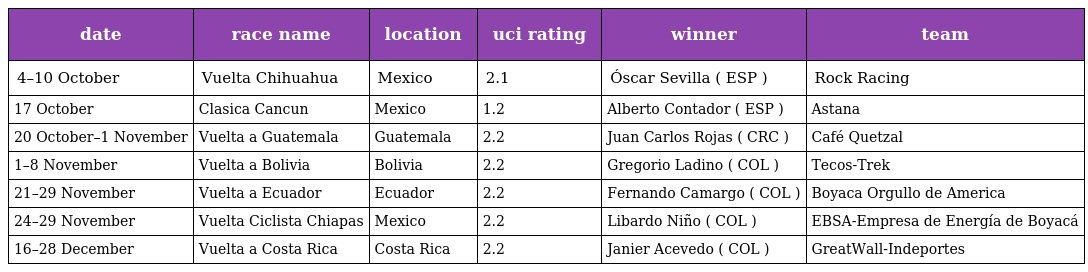
| date | race name | location | uci rating | winner | team |
 | --- | --- | --- | --- | --- | --- |
 | 4–10 October | Vuelta Chihuahua | Mexico | 2.1 | Óscar Sevilla ( ESP ) | Rock Racing |
 | 17 October | Clasica Cancun | Mexico | 1.2 | Alberto Contador ( ESP ) | Astana |
 | 20 October–1 November | Vuelta a Guatemala | Guatemala | 2.2 | Juan Carlos Rojas ( CRC ) | Café Quetzal |
 | 1–8 November | Vuelta a Bolivia | Bolivia | 2.2 | Gregorio Ladino ( COL ) | Tecos-Trek |
 | 21–29 November | Vuelta a Ecuador | Ecuador | 2.2 | Fernando Camargo ( COL ) | Boyaca Orgullo de America |
 | 24–29 November | Vuelta Ciclista Chiapas | Mexico | 2.2 | Libardo Niño ( COL ) | EBSA-Empresa de Energía de Boyacá |
 | 16–28 December | Vuelta a Costa Rica | Costa Rica | 2.2 | Janier Acevedo ( COL ) | GreatWall-Indeportes |